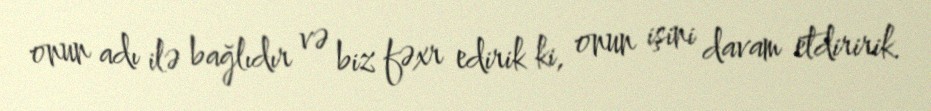
onun adı ilə bağlıdır və biz fəxr edirik ki, onun işini davam etdiririk.